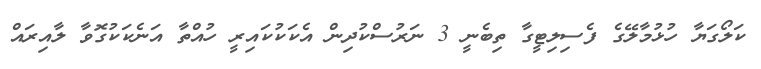
ކަލޯގަޔާ ހުޅުމާލޭގެ ފެސިލިޓީގާ ތިބެނީ 3 ނަރުސްކުދިން އެކަކުކައިރީ ހުއްތާ އަނެކަކުގޮވާ ލާއިރައް